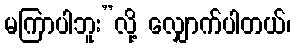
မကြာပါဘူး”လို့ လျှောက်ပါတယ်၊